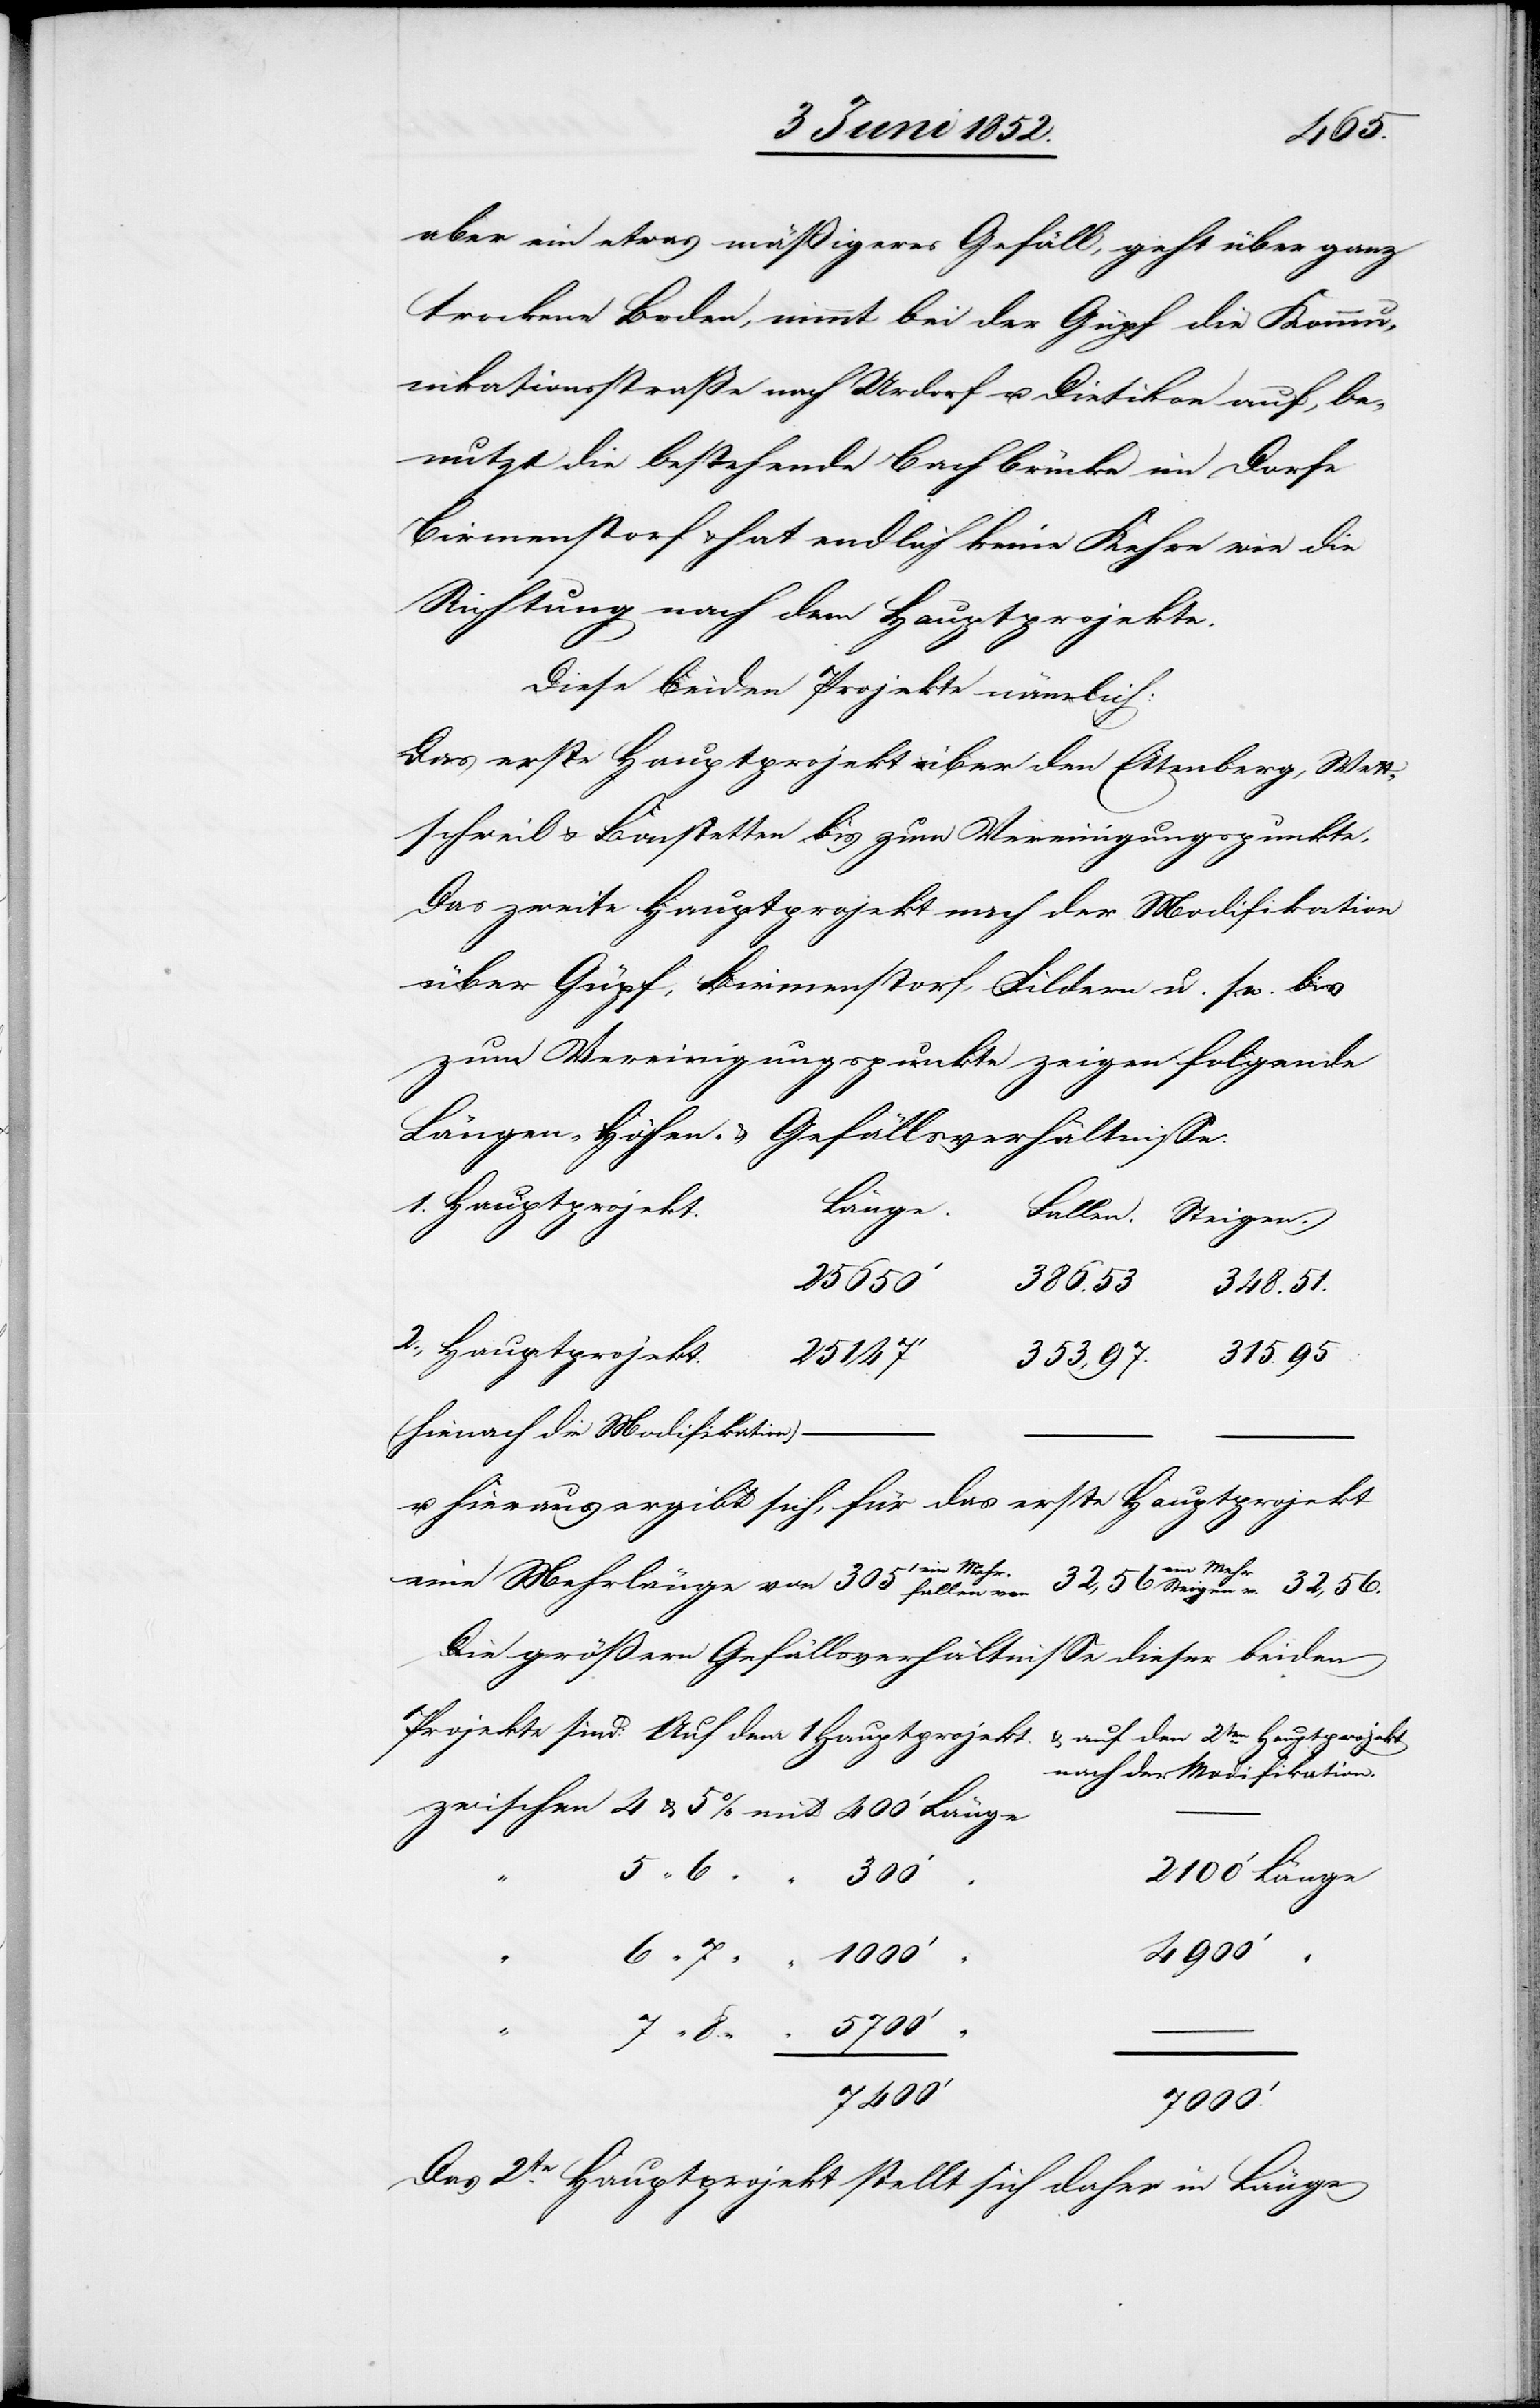
4900‘
aber ein etwas mäßigeres Gefäll, geht über ganz
trockene[n] Boden, nimmt bei der Güpf die Kommu¬
nikationsstraße nach Urdorf u. Dietikon auf, be¬
nutzt die bestehende Bachbrücke im Dorfe
Birmenstorf & hat endlich keine Kehre wie die
Richtung nach dem Hauptprojekte.
Diese beiden Projekte nämlich:
Das erste Hauptprojekt über dem Ettenberg, Wet¬
tschweil & Bonstetten bis zum Vereinigungspunkte.
Das zweite Hauptprojekt nach der Modifikation
über Güpf, Birmenstorf, Fildern u. s. w. bis
zum Vereinigungspunkte zeigen folgende
Längen-[,] Höhen- & Gefällsverhältnisse:
1 Hauptprojekt.
Länge
2ten Hauptprojekt
(Hienach die Modifikation)
–
u. hieraus ergibt sich, für das erste Hauptprojekt
in Mehr¬
eine Mehrlänge von 305‘ e¬
Die größern Gefällsverhältnisse dieser beiden
nach der Modifikation.
25 650‘
32,56
7000.‘
Das 2te. Hauptprojekt stellt sich daher in Länge